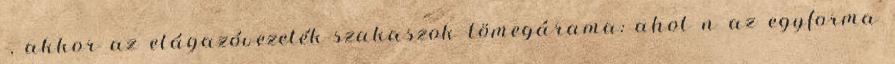
-, akkor az elágazóvezeték-szakaszok tömegárama: ahol n az egyforma